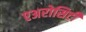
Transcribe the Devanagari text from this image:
एअरोसिटी